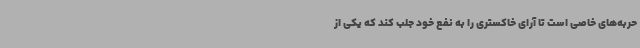
حربه‌های خاصی است تا آرای خاکستری را به نفع خود جلب کند که یکی از